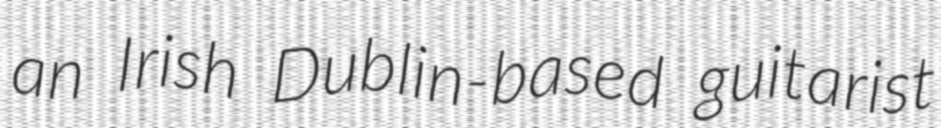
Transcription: an Irish Dublin-based guitarist